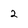
Character: 2